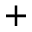
+